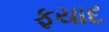
ફયાદ